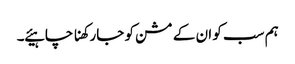
ہم سب کو ان کے مشن کو جارکھنا چاہیئے ۔